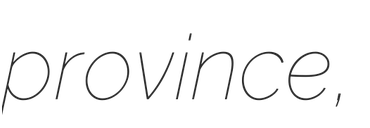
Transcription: province,